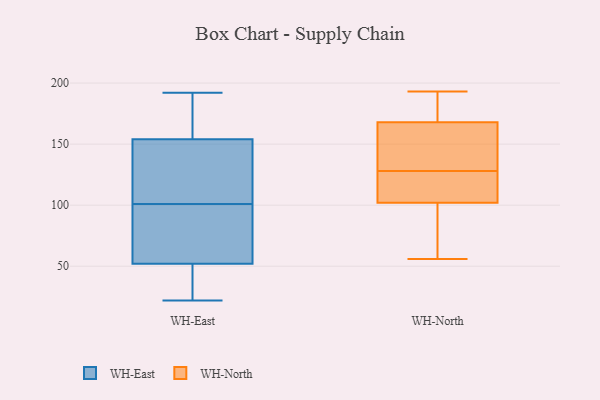
{"axis": {"x": "Conversion Rate (%)", "y": "Value"}, "legend": ["WH-East", "WH-North"], "data": [{"x": "", "y": 87, "type": "WH-East"}, {"x": "", "y": 154, "type": "WH-East"}, {"x": "", "y": 154, "type": "WH-East"}, {"x": "", "y": 109, "type": "WH-East"}, {"x": "", "y": 155, "type": "WH-East"}, {"x": "", "y": 52, "type": "WH-East"}, {"x": "", "y": 22, "type": "WH-East"}, {"x": "", "y": 52, "type": "WH-East"}, {"x": "", "y": 29, "type": "WH-East"}, {"x": "", "y": 152, "type": "WH-East"}, {"x": "", "y": 167, "type": "WH-East"}, {"x": "", "y": 93, "type": "WH-East"}, {"x": "", "y": 66, "type": "WH-East"}, {"x": "", "y": 192, "type": "WH-East"}, {"x": "", "y": 65, "type": "WH-North"}, {"x": "", "y": 112, "type": "WH-North"}, {"x": "", "y": 130, "type": "WH-North"}, {"x": "", "y": 149, "type": "WH-North"}, {"x": "", "y": 166, "type": "WH-North"}, {"x": "", "y": 126, "type": "WH-North"}, {"x": "", "y": 168, "type": "WH-North"}, {"x": "", "y": 111, "type": "WH-North"}, {"x": "", "y": 193, "type": "WH-North"}, {"x": "", "y": 56, "type": "WH-North"}, {"x": "", "y": 102, "type": "WH-North"}, {"x": "", "y": 179, "type": "WH-North"}, {"x": "", "y": 171, "type": "WH-North"}, {"x": "", "y": 87, "type": "WH-North"}]}